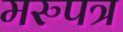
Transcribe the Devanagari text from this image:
मरुपत्र